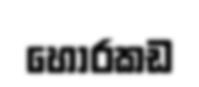
හොරකඩ